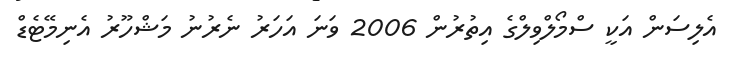
އެލިސަން އަކީ ސްމޯލްވިލްގެ އިތުރުން 2006 ވަނަ އަހަރު ނެރުނު މަޝްހޫރު އެނިމޭޓެޑް